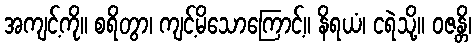
အကျင့်ကို။ စရိတွာ၊ ကျင့်မိသောကြောင့်။ နိရယံ၊ ငရဲသို့။ ဝဇန္တိ၊